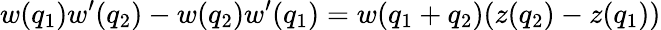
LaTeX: w(q_{1})w^{\prime}(q_{2})-w(q_{2})w^{\prime}(q_{1})=w(q_{1}+q_{2})(z(q_{2})-z(q_{1}))